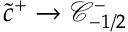
\tilde { c } ^ { + } \to \mathcal { C } _ { - 1 / 2 } ^ { - }